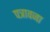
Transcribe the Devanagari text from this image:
पत्रावजा